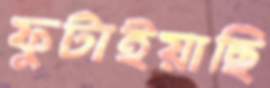
ফুটাইয়াছি